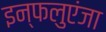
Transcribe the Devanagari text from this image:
इन्फलुएंजा